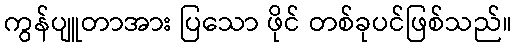
ကွန်ပျူတာအား ပြသော ဖိုင် တစ်ခုပင်ဖြစ်သည်။